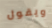
ويقول